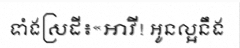
ទាំងស្រដី៖«អាវី! អូនល្អនឹង